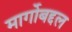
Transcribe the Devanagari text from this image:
मार्गोबद्दल